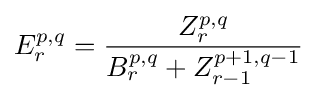
E_{r}^{p,q}={\frac {Z_{r}^{p,q}}{B_{r}^{p,q}+Z_{r-1}^{p+1,q-1}}}